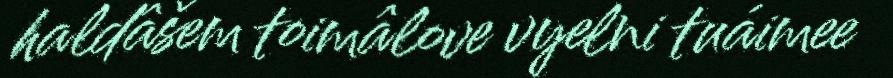
haldâšem toimâlove vyelni tuáimee